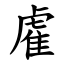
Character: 雐